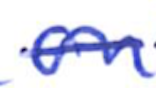
Text: on
Cross-out: single-line
Writing tool: ballpoint